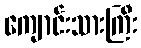
ကျောင်းသားကြီး